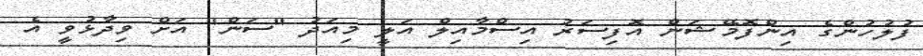
ފުލުހުންގެ އިންފޮމޭޝަން އޮފިސަރު އިސްމާއިލް އަލީ މިއަދު "ސަން" އަށް ވިދާޅުވީ އެ